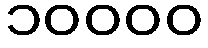
၁၀၀၀၀